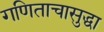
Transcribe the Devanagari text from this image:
गणिताचासुद्धा